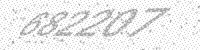
Solution: 682207